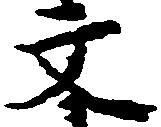
文